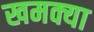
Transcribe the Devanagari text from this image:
खमक्या